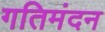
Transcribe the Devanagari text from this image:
गतिमंदन